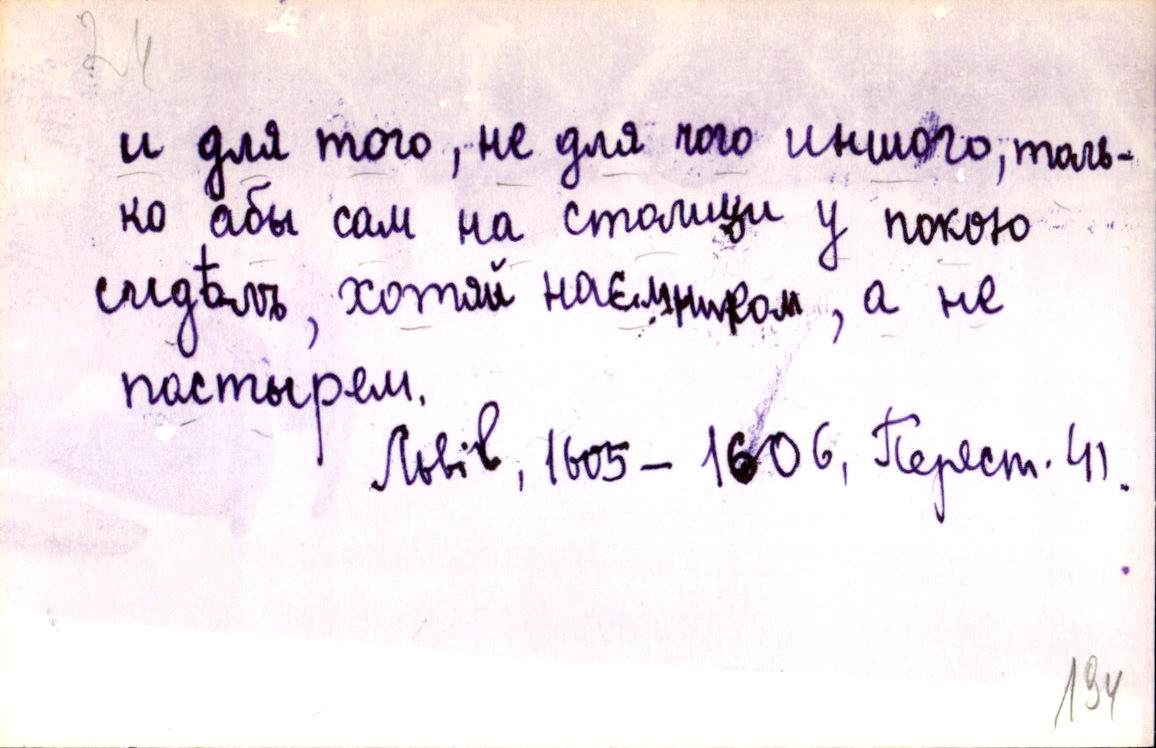
и для того, не для чого иншого, толь-
ко абы сам на столици у покою
сидѣлъ, хотяй наємником, а не
пастырем.
Львів, 1605-1606, Перест. 41.